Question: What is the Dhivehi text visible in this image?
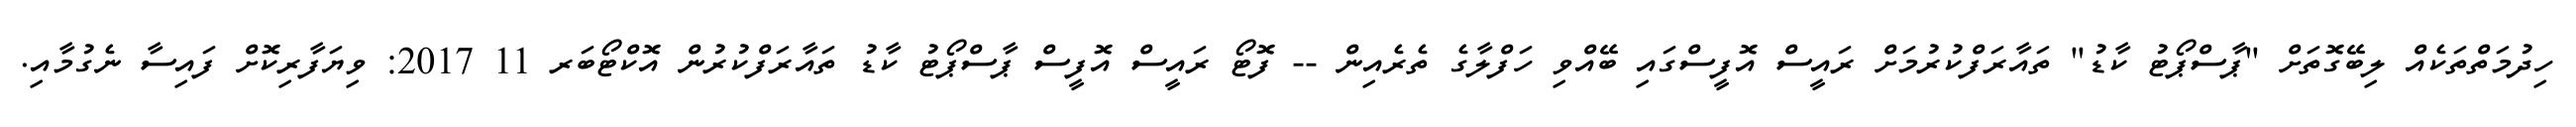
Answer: ހިދުމަތްތަކެއް ލިބޭގޮތަށް "ޕާސްޕޯޓު ކާޑު" ތައާރަފްކުރުމަށް ރައީސް އޮފީސްގައި ބޭއްވި ހަފްލާގެ ތެރެއިން -- ފޮޓޯ ރައީސް އޮފީސް ޕާސްޕޯޓު ކާޑު ތައާރަފްކުރުން އޮކްޓޯބަރ 11 2017: ވިޔަފާރިކޮށް ފައިސާ ނެގުމާއި.